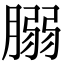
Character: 䐞